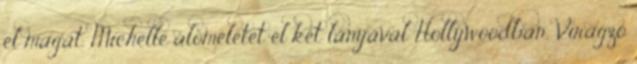
el magát. Michelle áloméletet él két lányával Hollywoodban. Virágzó